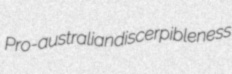
Pro-australian discerpibleness